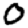
Digit: 0